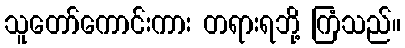
သူတော်ကောင်းကား တရားရဘို့ ကြံသည်။